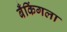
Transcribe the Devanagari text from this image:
बँकिंगला